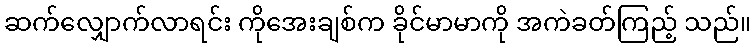
ဆက်လျှောက်လာရင်း ကိုအေးချစ်က ခိုင်မာမာကို အကဲခတ်ကြည့် သည်။